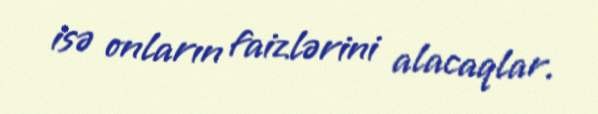
isə onların faizlərini alacaqlar.